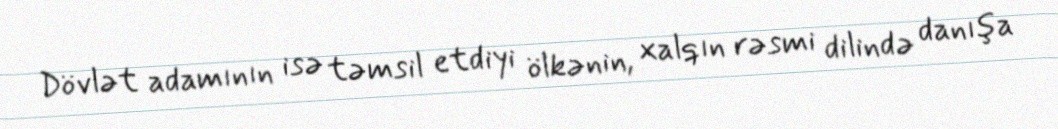
Dövlət adamının isə təmsil etdiyi ölkənin, xalqın rəsmi dilində danışa